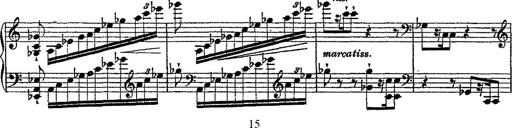
Title: Fantaisie romantique sur deux mÃ©lodies suisses
Composer: Franz Liszt